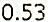
0.53